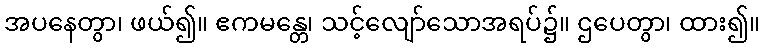
အပနေတွာ၊ ဖယ်၍။ ဧကမန္တေ၊ သင့်လျော်သောအရပ်၌။ ဌပေတွာ၊ ထား၍။